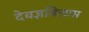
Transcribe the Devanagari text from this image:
देवज्ञविलास